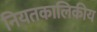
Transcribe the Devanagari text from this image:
नियतकालिकीय